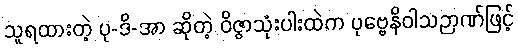
သူရထားတဲ့ ပု-ဒိ-အာ ဆိုတဲ့ ဝိဇ္ဇာသုံးပါးထဲက ပုဗ္ဗေနိဝါသဉာဏ်ဖြင့်